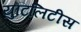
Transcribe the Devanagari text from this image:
युटिलिटीस